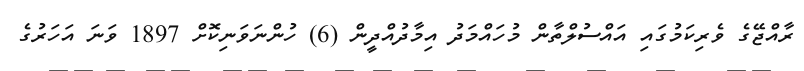
ރާއްޖޭގެ ވެރިކަމުގައި އައްސުލްތާން މުހައްމަދު އިމާދުއްދީން (6) ހުންނަވަނިކޮށް 1897 ވަނަ އަހަރުގެ